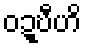
ဝဍ္ဎီဟိ